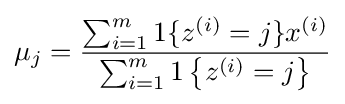
\mu _{j}={\frac {\sum _{i=1}^{m}1\{z^{(i)}=j\}x^{(i)}}{\sum _{i=1}^{m}1\left\{z^{(i)}=j\right\}}}